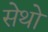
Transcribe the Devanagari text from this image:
सेथो